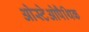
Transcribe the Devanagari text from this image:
ओस्टेओपैथिक